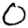
Digit: 0